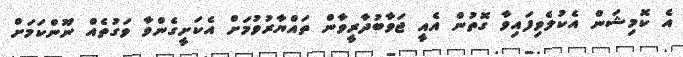
އެ ކޮމިޝަން އެކުލެވިފައިވާ ގޮތުން އެއީ ޖަވާބުދާރީވާން ތައްޔާރުވުމަށް އެކަށީގެންވާ ވަގުތެއް ނޫންކަމަށް